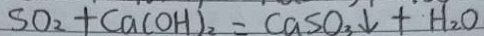
S O _ { 2 } + C a ( O H ) _ { 2 } = C a S O _ { 3 } \downarrow + H _ { 2 } O